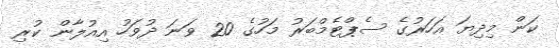
ކަން މިދިޔަ އަހަރުގެ ސެޕްޓެމްބަރު މަހުގެ 20 ވަނަ ދުވަހު އިއުލާން ކުރި